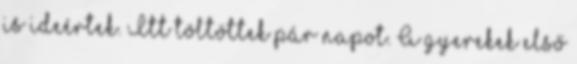
is ideértek. Itt töltöttek pár napot. A gyerekek első